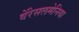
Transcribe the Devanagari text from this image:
वेंरेसलमेनिया